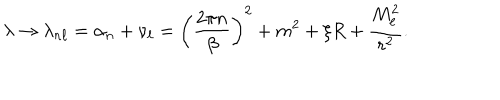
\lambda \rightarrow \lambda _ { n \ell } = \alpha _ { n } + \nu _ { \ell } = \left( \frac { 2 \pi n } { \beta } \right) ^ { 2 } + m ^ { 2 } + \xi R + \frac { M _ { \ell } ^ { 2 } } { r ^ { 2 } } .